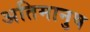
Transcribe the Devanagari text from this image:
अतिमानुष